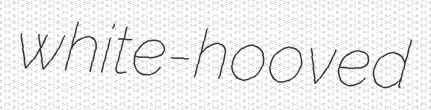
white-hooved